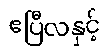
ဧပြီလနှင့်